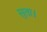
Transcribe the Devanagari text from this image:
सुता।